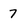
Character: 7